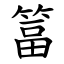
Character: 䈏